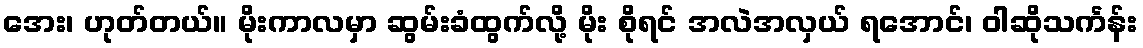
အေး၊ ဟုတ်တယ်။ မိုးကာလမှာ ဆွမ်းခံထွက်လို့ မိုး စိုရင် အလဲအလှယ် ရအောင်၊ ဝါဆိုသင်္ကန်း